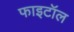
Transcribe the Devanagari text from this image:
फाइटॉल